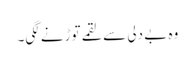
وہ بے دلی سے لقمے توڑنے لگی۔